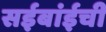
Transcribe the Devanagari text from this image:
सईबांईची